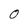
Character: O